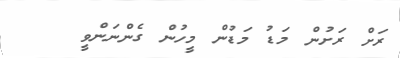
ރަށް ރަށުން މަޑު މަޑުން މީހުން ގެންނަންވީ